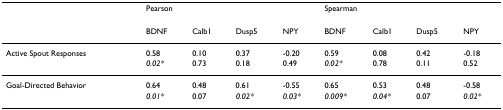
<table><thead><tr><td></td><td colspan="4"><b>Pearson</b></td><td colspan="4"><b>Spearman</b></td></tr><tr><td></td><td><b>BDNF</b></td><td><b>Calb1</b></td><td><b>Dusp5</b></td><td><b>NPY</b></td><td><b>BDNF</b></td><td><b>Calb1</b></td><td><b>Dusp5</b></td><td><b>NPY</b></td></tr></thead><tbody><tr><td>Active Spout Responses</td><td>0.58</td><td>0.10</td><td>0.37</td><td>-0.20</td><td>0.59</td><td>0.08</td><td>0.42</td><td>-0.18</td></tr><tr><td></td><td><i>0.02*</i></td><td>0.73</td><td>0.18</td><td>0.49</td><td><i>0.02*</i></td><td>0.78</td><td>0.11</td><td>0.52</td></tr><tr><td>Goal-Directed Behavior</td><td>0.64</td><td>0.48</td><td>0.61</td><td>-0.55</td><td>0.65</td><td>0.53</td><td>0.48</td><td>-0.58</td></tr><tr><td></td><td><i>0.01*</i></td><td>0.07</td><td><i>0.02*</i></td><td><i>0.03*</i></td><td><i>0.009*</i></td><td><i>0.04*</i></td><td>0.07</td><td><i>0.02*</i></td></tr></tbody></table>